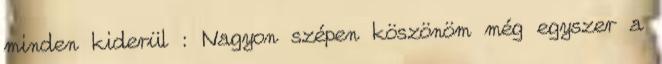
minden kiderül : Nagyon szépen köszönöm még egyszer a